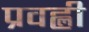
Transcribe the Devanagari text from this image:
प्रवह्ली